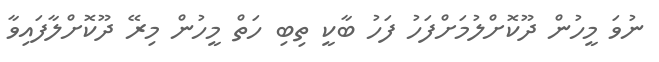
ނުވަ މީހުން ދޫކޮށްލުމަށްފަހު ފަހު ބާކީ ތިބި ހަތް މީހުން މިރޭ ދޫކޮށްލާފައިވާ